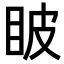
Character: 𥅗